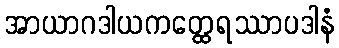
အာယာဂဒါယကတ္ထေရဿာပဒါနံ